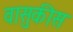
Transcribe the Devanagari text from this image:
वासुकीस